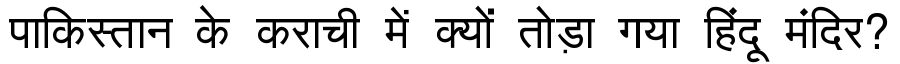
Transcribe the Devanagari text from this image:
पाकिस्तान के कराची में क्यों तोड़ा गया हिंदू मंदिर?